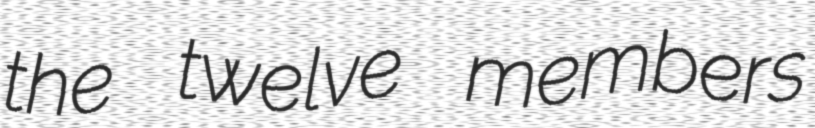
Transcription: the twelve members